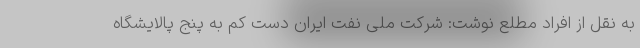
به نقل از افراد مطلع نوشت: شرکت ملی نفت ایران دست کم به پنج پالایشگاه